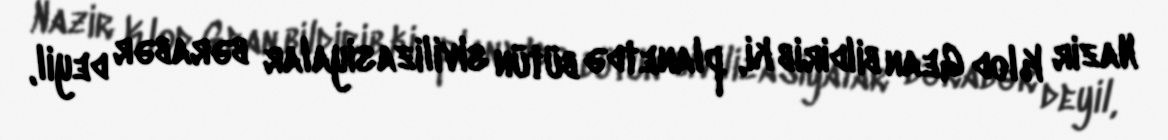
Nazir Klod Gean bildirib ki, planetdə bütün sivilizasiyalar bərabər deyil,